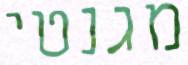
מגנטי